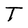
Character: T